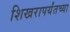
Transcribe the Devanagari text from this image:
शिखरापर्यंतच्या